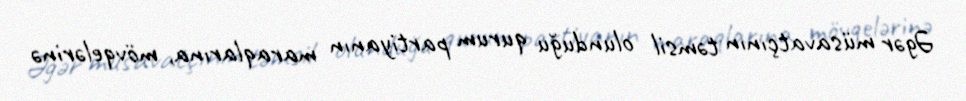
Əgər müsavatçının təmsil olunduğu qurum partiyanın maraqlarına, mövqelərinə